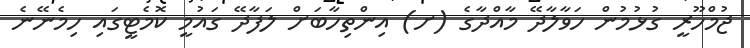
ޖުމްހޫރީ ގުޅުމުން ހަވާލާދޭ މާއްދާގެ (ށ) އިންތިހާބަށް ލަފާދޭ ގައުމީ ކޮމެޓީގައި ހިމެނޭނެ